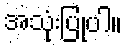
အသုံးပြုပါ။